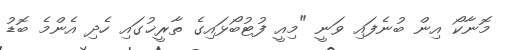
މޮނާކޯ އިން ބުނެފައި ވަނީ "މިއީ ފުޓުބޯޅައިގެ ތާރީޚުގައި ހެދި އެންމެ ބޮޑު